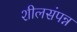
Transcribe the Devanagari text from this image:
शीलसंपन्न